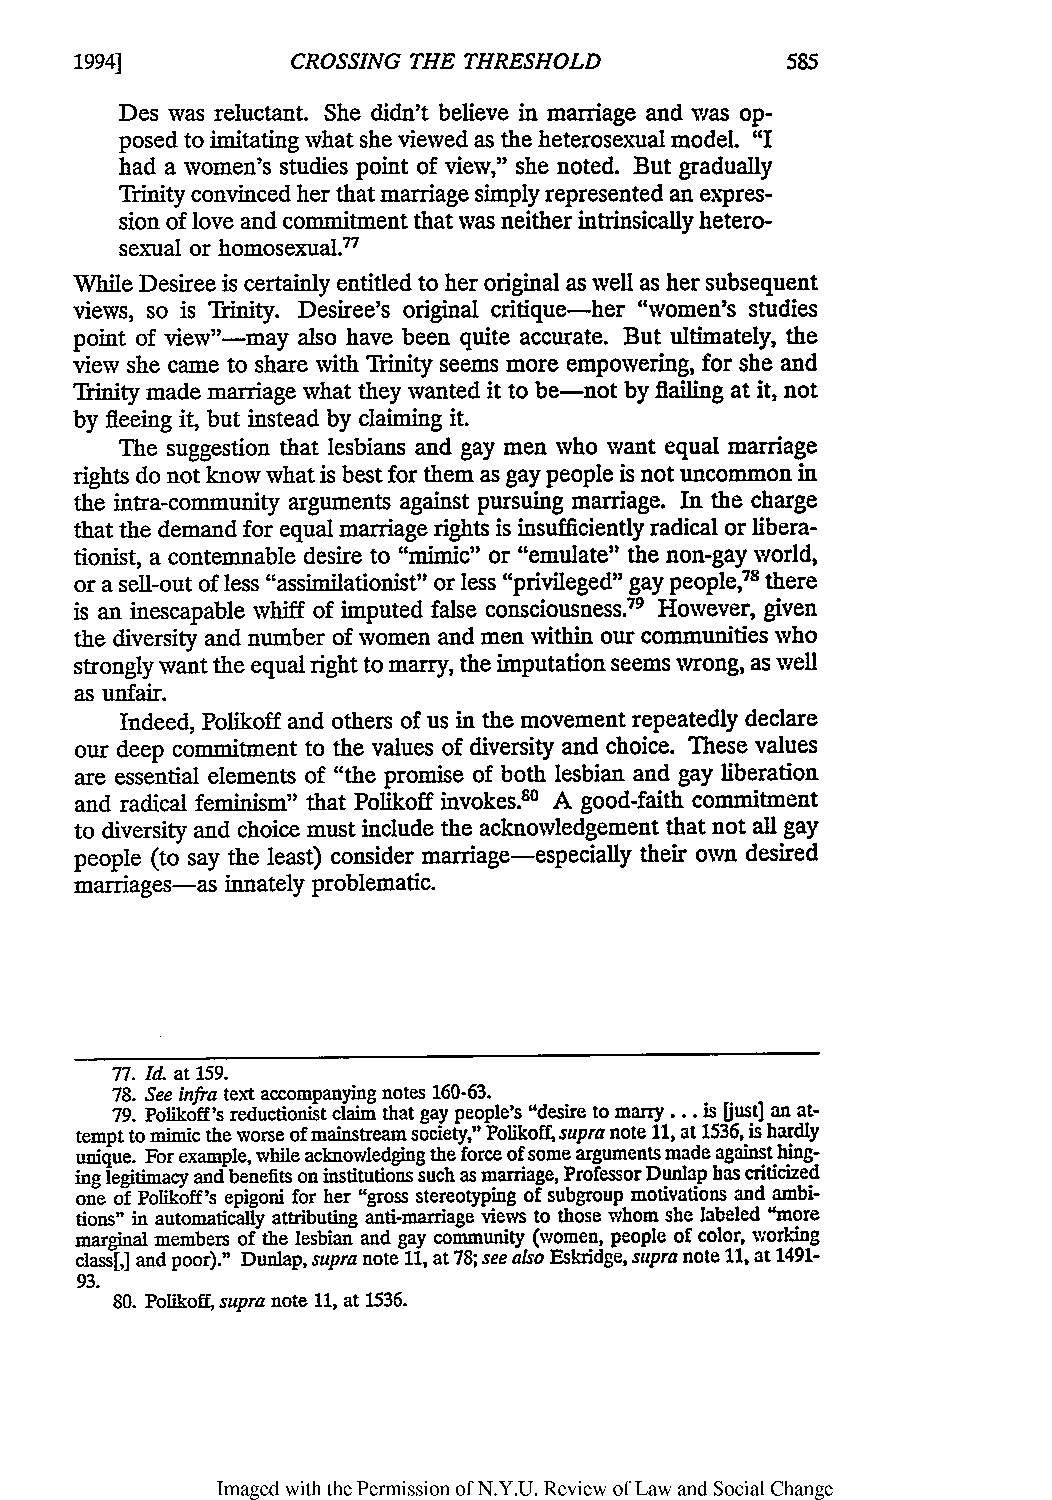
1994]         CROSSING THE THRESHOLD
 Des was reluctant. She didn't believe in marriage and was op-
 posed to imitating what she viewed as the heterosexual model. "I
 had a women's studies point of view," she noted. But gradually
 Trinity convinced her that marriage simply represented an expres-
 sion of love and commitment that was neither intrinsically hetero-
 sexual or homosexual.'
 While Desiree is certainly entitled to her original as well as her subsequent
 views, so is Trinity. Desiree's original critique-her "women's studies
 point of view"-may also have been quite accurate. But ultimately, the
 view she came to share with Trinity seems more empowering, for she and
 Trinity made marriage what they wanted it to be-not by flailing at it, not
 by fleeing it, but instead by claiming it.
 The suggestion that lesbians and gay men who want equal marriage
 rights do not know what is best for them as gay people is not uncommon in
 the intra-community arguments against pursuing marriage. In the charge
 that the demand for equal marriage rights is insufficiently radical or libera-
 tionist, a contemnable desire to "mimic" or "emulate" the non-gay world,
 or a sell-out of less "assimilationist" or less "privileged" gay people,7 there
 is an inescapable whiff of imputed false consciousness.79 However, given
 the diversity and number of women and men within our communities who
 strongly want the equal right to marry, the imputation seems wrong, as well
 as unfair.
 Indeed, Polikoff and others of us in the movement repeatedly declare
 our deep commitment to the values of diversity and choice. These values
 are essential elements of "the promise of both lesbian and gay liberation
 and radical feminism" that Polikoff invokes.80 A good-faith commitment
 to diversity and choice must include the acknowledgement that not all gay
 people (to say the least) consider marriage-especially their own desired
 marriages-as innately problematic.
 77. Id at 159.
 78. See infra text accompanying notes 160-63.
 79. Polikoff's reductionist claim that gay people's "desire to marry... is Dust] an at-
 tempt to mimic the worse of mainstream society," Polikoff, supra note 11, at 1536, is hardly
 unique. For example, while acknowledging the force of some arguments made against hing-
 ing legitimacy and benefits on institutions such as marriage, Professor Dunlap has criticized
 one of Polikoff's epigoni for her "gross stereotyping of subgroup motivations and ambi-
 tions" in automatically attributing anti-marriage views to those whom she labeled "more
 marginal members of the lesbian and gay community (women, people of color, working
 class[,] and poor)." Dunlap, supra note 11, at 78; see also Eskridge, supra note 11, at 1491-
 93.
 80. Polikoff, supra note 11, at 1536.
 Imaged with the Permission of N.Y.U. Review of Law and Social Change